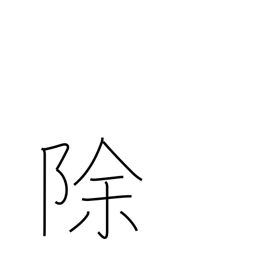
Meaning: except